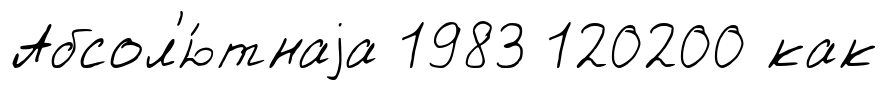
Абсол'ю́тнаjа 1983 120200 как